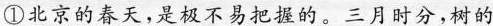
①北京的春天，不易把握的。三月时分，树的